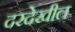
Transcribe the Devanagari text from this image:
दरदेखील